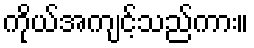
ကိုယ်အကျင့်သည်ကား။